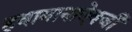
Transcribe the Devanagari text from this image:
हवामानाऐवजी